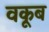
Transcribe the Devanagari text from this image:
वकूब